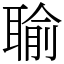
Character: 𦖭